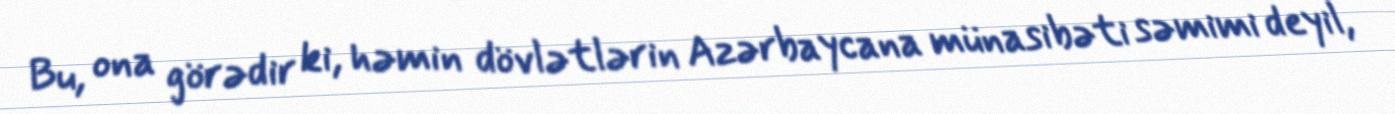
Bu, ona görədir ki, həmin dövlətlərin Azərbaycana münasibəti səmimi deyil,